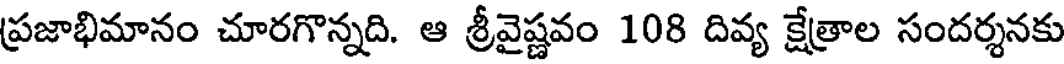
ప్రజాభిమానం చూరగొన్నది. ఆ శ్రీవైష్ణవం 108 దివ్య క్షేత్రాల సందర్శనకు